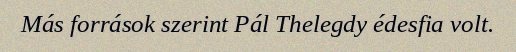
Más források szerint Pál Thelegdy édesfia volt.